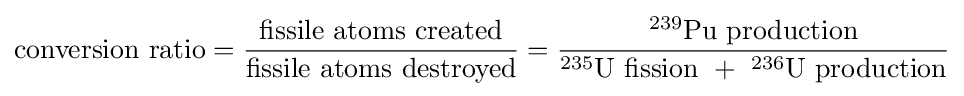
{\text{conversion ratio}}={\frac {\text{fissile atoms created}}{\text{fissile atoms destroyed}}}={\frac {^{239}{\text{Pu production}}}{^{235}{\text{U fission}}\ +\ ^{236}{\text{U production}}}}